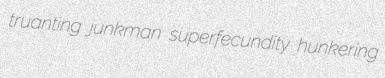
truanting junkman superfecundity hunkering